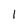
Character: l